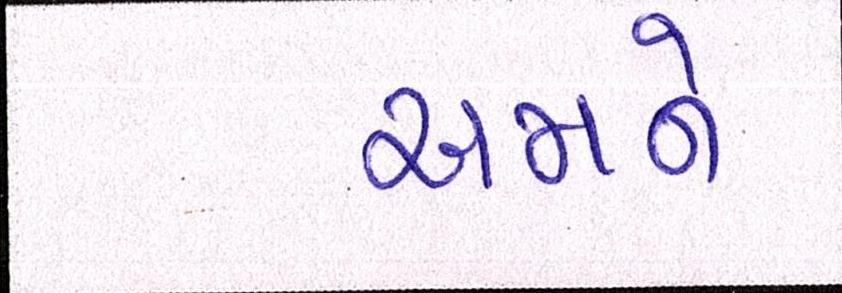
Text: અમને